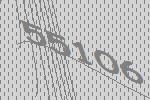
55106